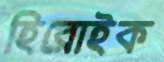
হিরোইক